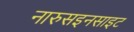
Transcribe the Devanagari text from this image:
नारुसइनसाइट